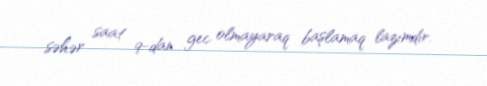
səhər saat 9-dan gec olmayaraq başlamaq lazımdır.